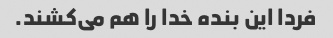
فردا این بنده خدا را هم می‌کشند.